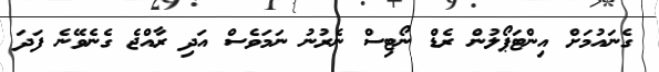
ގެނައުމަށް އިންޓަޕޯލުން ރެޑް ނޯޓިސް ނެރުނު ނަމަވެސް އަދި ރާއްޖެ ގެނެވޭނެ ފަދަ